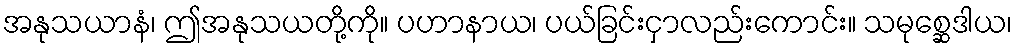
အနုသယာနံ၊ ဤအနုသယတို့ကို။ ပဟာနာယ၊ ပယ်ခြင်းငှာလည်းကောင်း။ သမုစ္ဆေဒါယ၊